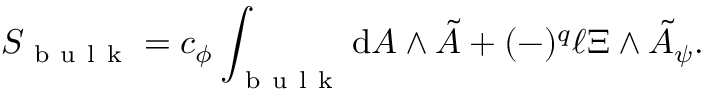
S _ { \mathrm { ~ b ~ u ~ l ~ k ~ } } = c _ { \phi } \int _ { \mathrm { ~ b ~ u ~ l ~ k ~ } } \mathrm { d } A \wedge \tilde { A } + ( - ) ^ { q } \ell \Xi \wedge \tilde { A } _ { \psi } .